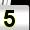
Digit: 5